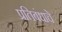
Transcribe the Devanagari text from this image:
प्रतिबंधाचे